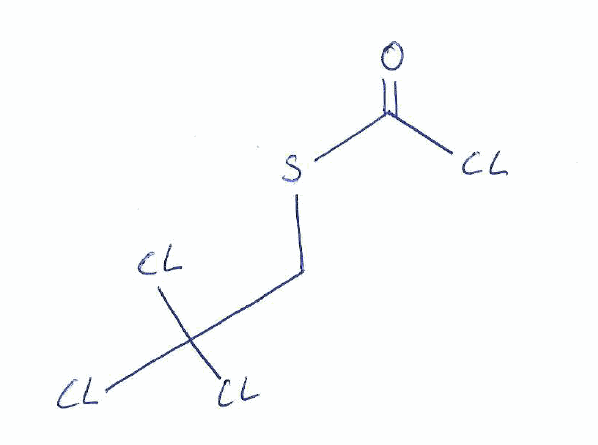
Simplified molecular-input line-entry system (SMILES) notation of the given molecule:
C(C(Cl)(Cl)Cl)SC(=O)Cl